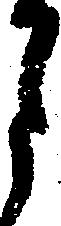
月